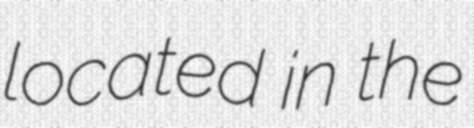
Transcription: located in the